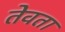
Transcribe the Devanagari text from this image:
तेवता